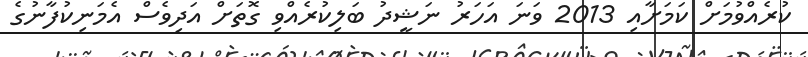
ކުރެއްވުމަށް ކަމަށާއި 2013 ވަނަ އަހަރު ނަޝީދު ބަލިކުރެއްވި ގޮތަށް އަދިވެސް އެމަނިކުފާނުގެ